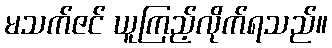
မသက်ဇင် ယူကြည့်လိုက်ရသည်။